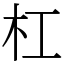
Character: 杠